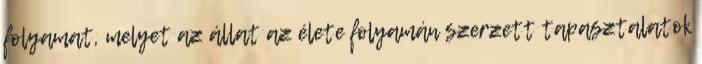
folyamat, melyet az állat az élete folyamán szerzett tapasztalatok